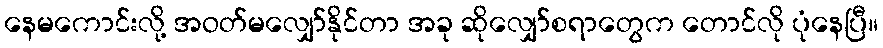
နေမကောင်းလို့ အဝတ်မလျှော်နိုင်တာ အခု ဆိုလျှော်စရာတွေက တောင်လို ပုံနေပြီ။